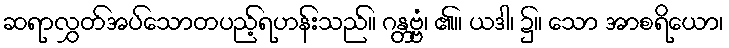
ဆရာလွှတ်အပ်သောတပည့်ရဟန်းသည်။ ဂန္တဗ္ဗံ၊ ၏။ ယဒါ၊ ၌။ သော အာစရိယော၊